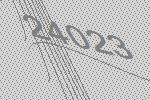
24023